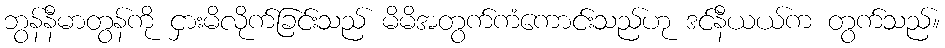
ဘွန်နီမာတွန်ကို ငှားမိလိုက်ခြင်းသည် မိမိအတွက်ကံကောင်းသည်ဟု ဒင်နီယယ်က တွက်သည်။